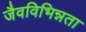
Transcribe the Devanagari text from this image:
जैवविभिन्नता